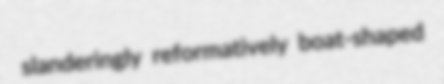
slanderingly reformatively boat-shaped